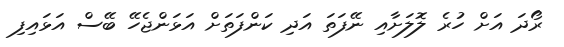
ރޯދަ އަށް ހުރެ ލޮލަށާއި ނޭފަތަ އަދި ކަންފަތަށް އަޅަންޖެހޭ ބޭސް އަޅައިފި